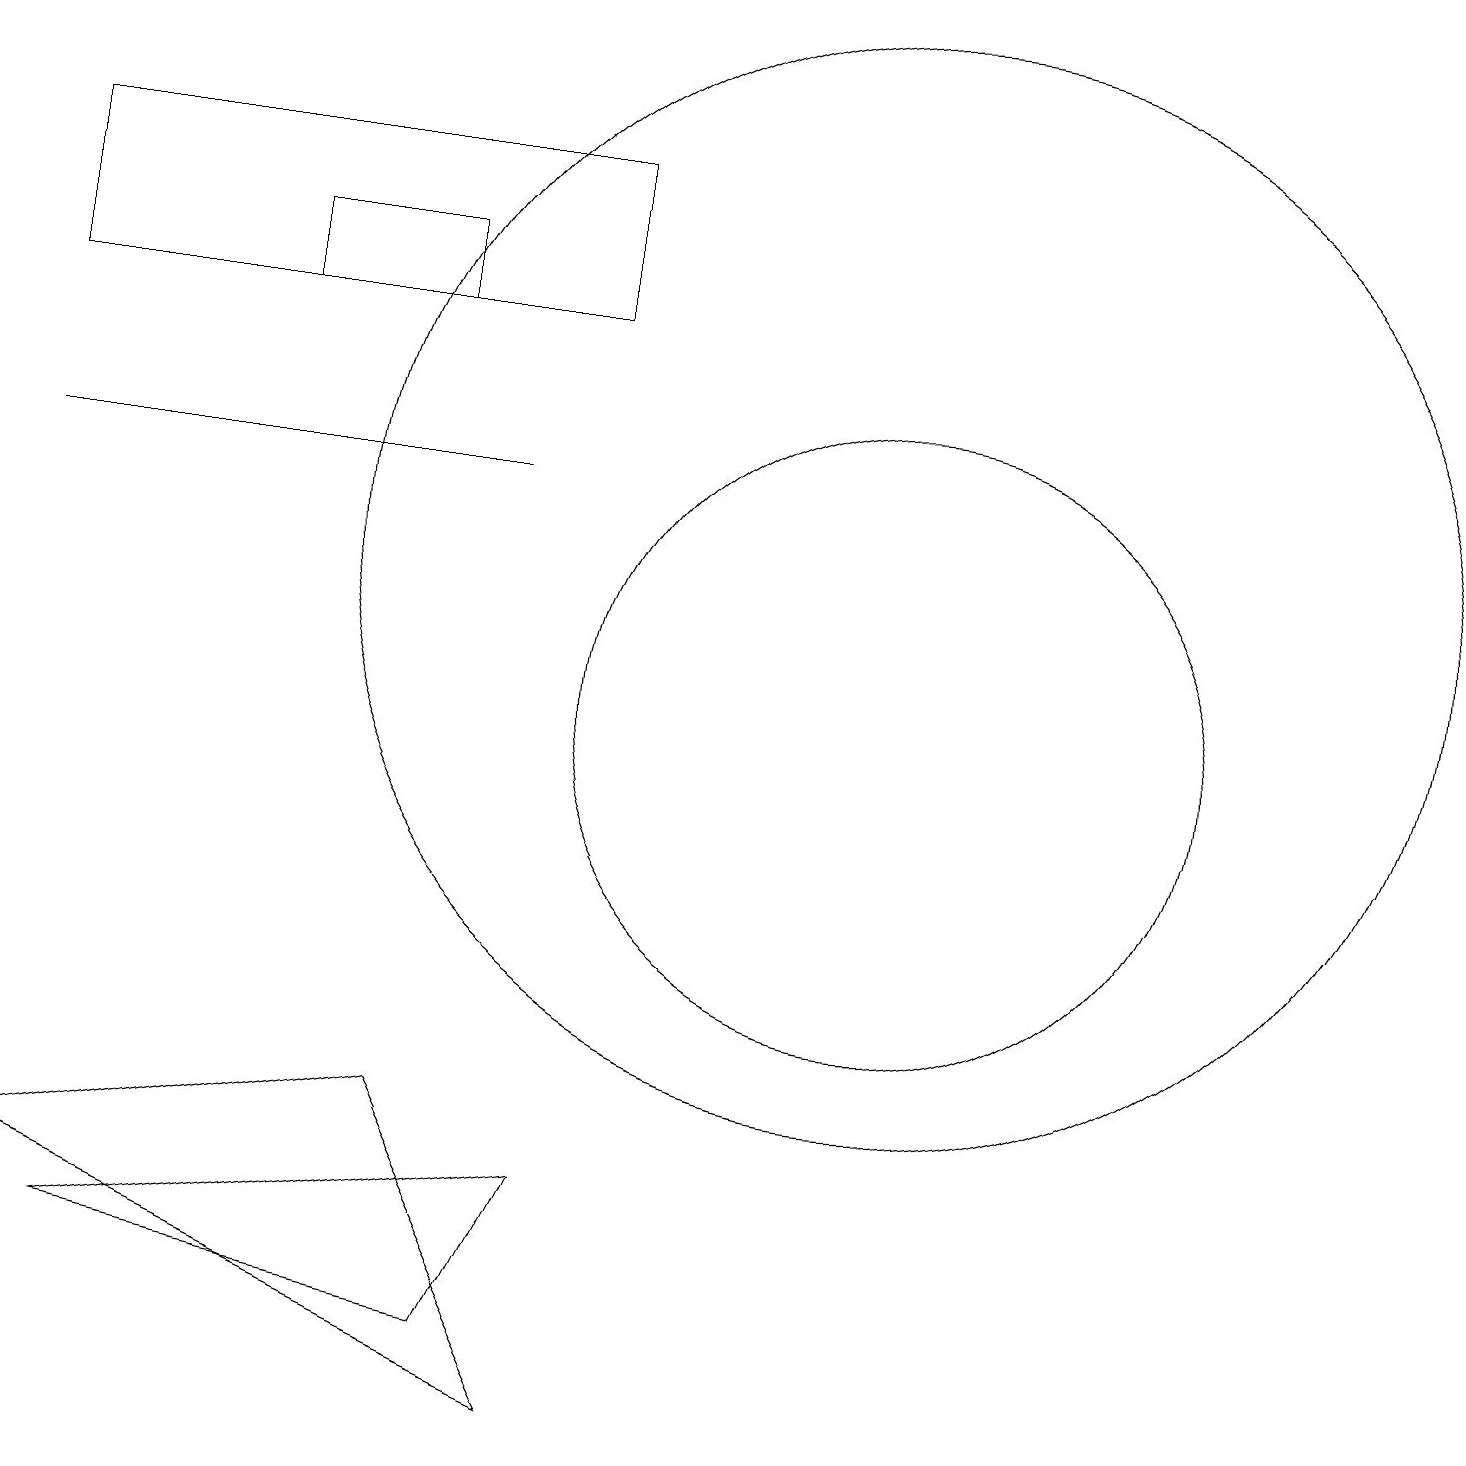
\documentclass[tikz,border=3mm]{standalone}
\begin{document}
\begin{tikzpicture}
\draw (6,2) -- (7,4) -- (1,3) -- cycle;
\draw (5,16) rectangle (3,15);
\draw (11,10) circle (4);
\draw (7,1) -- (0,4) -- (5,5) -- cycle;
\draw (7,17) rectangle (0,15);
\draw (11,12) circle (7);
\draw (6,13) rectangle (0,13);
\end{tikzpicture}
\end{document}